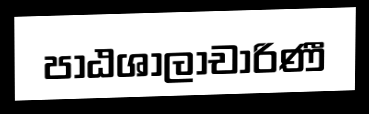
පාඨශාලාචාරිණී